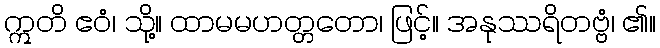
ဣတိ ဧဝံ၊ သို့။ ထာမမဟတ္တတော၊ ဖြင့်။ အနုဿရိတဗ္ဗံ၊ ၏။